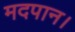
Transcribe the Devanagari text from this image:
मदपान।